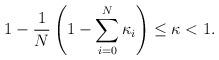
LaTeX: \begin{align*} 1-\frac{1}{N}\left(1-\sum_{i=0}^N \kappa_i\right) \le \kappa < 1. \end{align*}